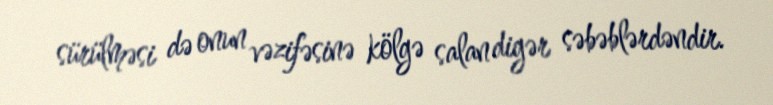
sürülməsi də onun vəzifəsinə kölgə salan digər səbəblərdəndir.